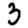
Digit: 3